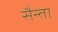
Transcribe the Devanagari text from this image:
सैन्ता